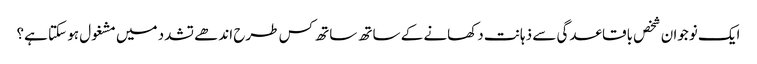
ایک نوجوان شخص باقاعدگی سے ذہانت دکھانے کے ساتھ ساتھ کس طرح اندھے تشدد میں مشغول ہو سکتا ہے؟